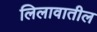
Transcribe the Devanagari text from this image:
लिलावातील